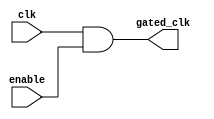
module clock_gating_cell (
    input wire clk,           // Original clock signal
    input wire enable,        // Control signal to enable/disable clock
    output wire gated_clk     // Gated clock output
);
    assign gated_clk = clk & enable; // Gated clock logic
endmodule